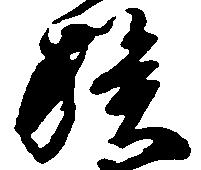
族